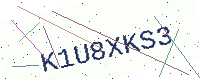
Text: K1U8XKS3